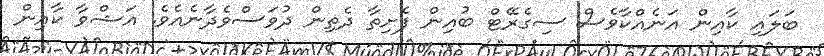
ބަލައި ކާއިން އަނެއްކާވެސް ސިގެރޭޓް ބުއިން ފެށިތާ ދެތިން ދުވަސްވެދާނެއެވެ. އަޝްވާ ކާއިން